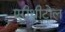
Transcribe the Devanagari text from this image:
एरीथ्रीटोल